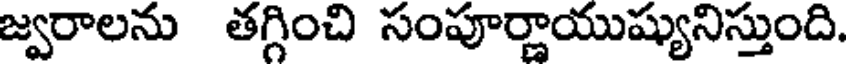
జ్వరాలను తగ్గించి సంపూర్ణాయుష్యునిస్తుంది.